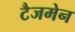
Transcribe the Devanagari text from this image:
टैजमेन